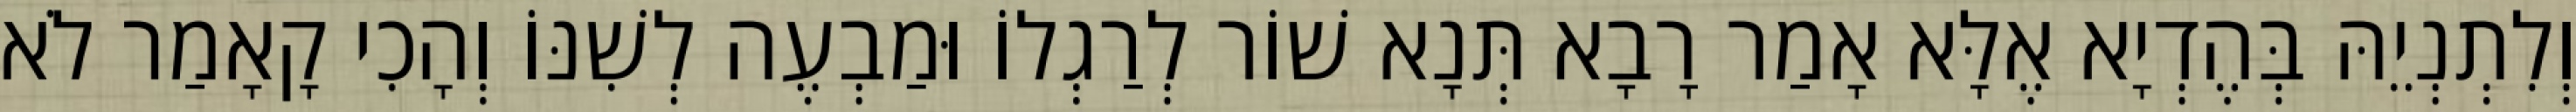
וְלִתְנְיֵהּ בְּהֶדְיָא אֶלָּא אָמַר רָבָא תְּנָא שׁוֹר לְרַגְלוֹ וּמַבְעֶה לְשִׁנּוֹ וְהָכִי קָאָמַר לֹא